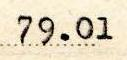
79.01